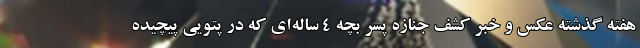
هفته گذشته عکس و خبر کشف جنازه پسر بچه‌ 4 ساله‌ای که در پتویی پیچیده